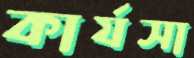
কার্যসা